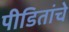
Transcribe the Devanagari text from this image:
पीडितांचे